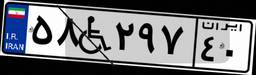
۲۹W۷۶۱۵۱